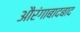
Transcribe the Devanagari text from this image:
औरंगाबादबाद